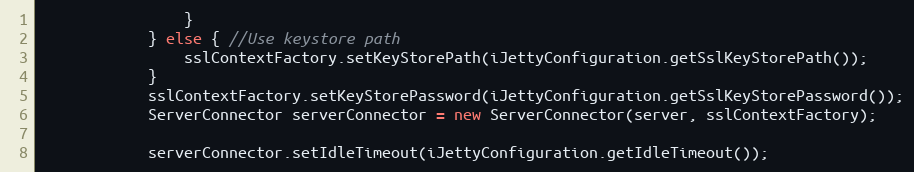
Language: Java
                }
            } else { //Use keystore path
                sslContextFactory.setKeyStorePath(iJettyConfiguration.getSslKeyStorePath());
            }
            sslContextFactory.setKeyStorePassword(iJettyConfiguration.getSslKeyStorePassword());
            ServerConnector serverConnector = new ServerConnector(server, sslContextFactory);

            serverConnector.setIdleTimeout(iJettyConfiguration.getIdleTimeout());